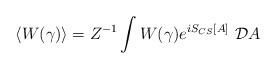
LaTeX: \begin{align*}\langle W(\gamma) \rangle = Z^{-1} \int W(\gamma) e^{iS_{CS}[A]} \ {\cal D}A\end{align*}